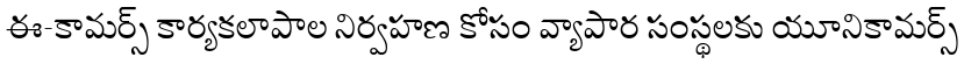
ఈ-కామర్స్ కార్యకలాపాల నిర్వహణ కోసం వ్యాపార సంస్థలకు యూనికామర్స్